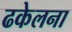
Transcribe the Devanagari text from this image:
ढकेलना